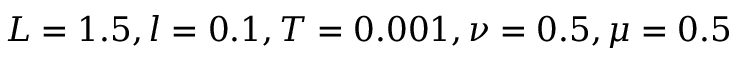
L = 1 . 5 , l = 0 . 1 , T = 0 . 0 0 1 , \nu = 0 . 5 , \mu = 0 . 5